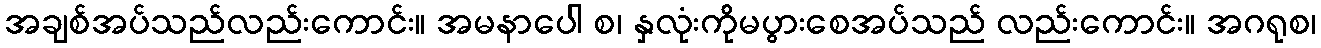
အချစ်အပ်သည်လည်းကောင်း။ အမနာပေါ စ၊ နှလုံးကိုမပွားစေအပ်သည် လည်းကောင်း။ အဂရုစ၊